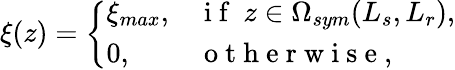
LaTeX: \xi(z)=\left\{ \begin{array}{ll}{\xi_{max},}&{\mathrm{~i~f~}\ z\in\Omega_{sym}(L_{s},L_{r}),}\\ {0,}&{\mathrm{~o~t~h~e~r~w~i~s~e~,~}}\end{array}\right.